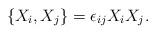
LaTeX: \begin{align*}\{X_i,X_j\}=\epsilon_{ij}X_iX_j.\end{align*}